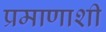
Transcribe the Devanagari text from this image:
प्रमाणाशी